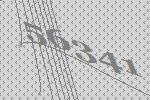
56341